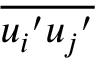
\overline { { { u _ { i } } ^ { \prime } { u _ { j } } ^ { \prime } } }